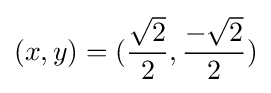
(x,y)=({\frac {\sqrt {2}}{2}},{\frac {-{\sqrt {2}}}{2}})